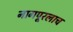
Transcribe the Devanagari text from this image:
नागपूरलाच